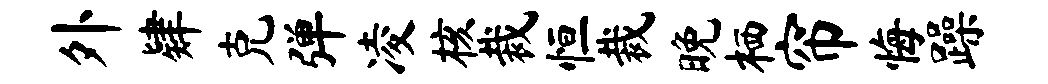
外肄克弹凌核裁恒裁晚栖帘悔躁